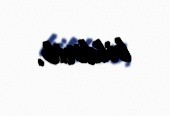
bildirib.